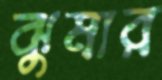
ঝুমার